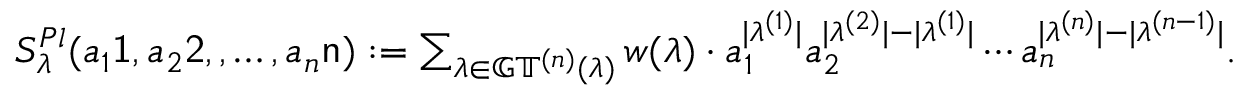
\begin{array} { r } { S _ { \lambda } ^ { P l } ( a _ { 1 } \mathsf { 1 } , a _ { 2 } \mathsf { 2 } , , \ldots , a _ { n } \mathsf { n } ) : = \sum _ { \boldsymbol \lambda \in \mathbb { G T } ^ { ( n ) } ( \lambda ) } w ( \boldsymbol \lambda ) \cdot a _ { 1 } ^ { | \lambda ^ { ( 1 ) } | } a _ { 2 } ^ { | \lambda ^ { ( 2 ) } | - | \lambda ^ { ( 1 ) } | } \cdots a _ { n } ^ { | \lambda ^ { ( n ) } | - | \lambda ^ { ( n - 1 ) } | } . } \end{array}